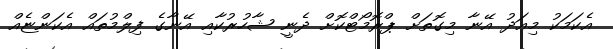
އެކަމަކު މިއަދު އޭނާ މިގޮތަށް ޕްރޮމޯޓްކޮށް ދެނީ ޝާހުރުކާއި އޭނާގެ ފިލްމުތައް އެކަންޏެއް